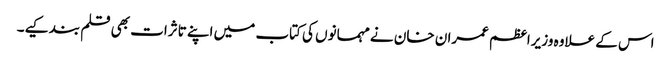
اس کے علاوہ وزیراعظم عمران خان نے مہمانوں کی کتاب میں اپنے تاثرات بھی قلم بند کیے۔